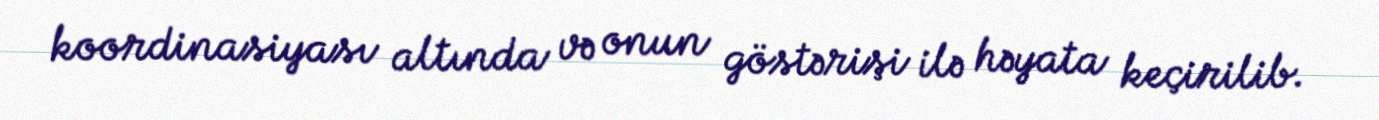
koordinasiyası altında və onun göstərişi ilə həyata keçirilib.